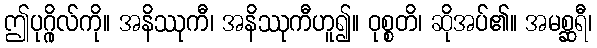
ဤပုဂ္ဂိုလ်ကို။ အနိဿုကီ၊ အနိဿုကီဟူ၍။ ဝုစ္စတိ၊ ဆိုအပ်၏။ အမစ္ဆရီ၊